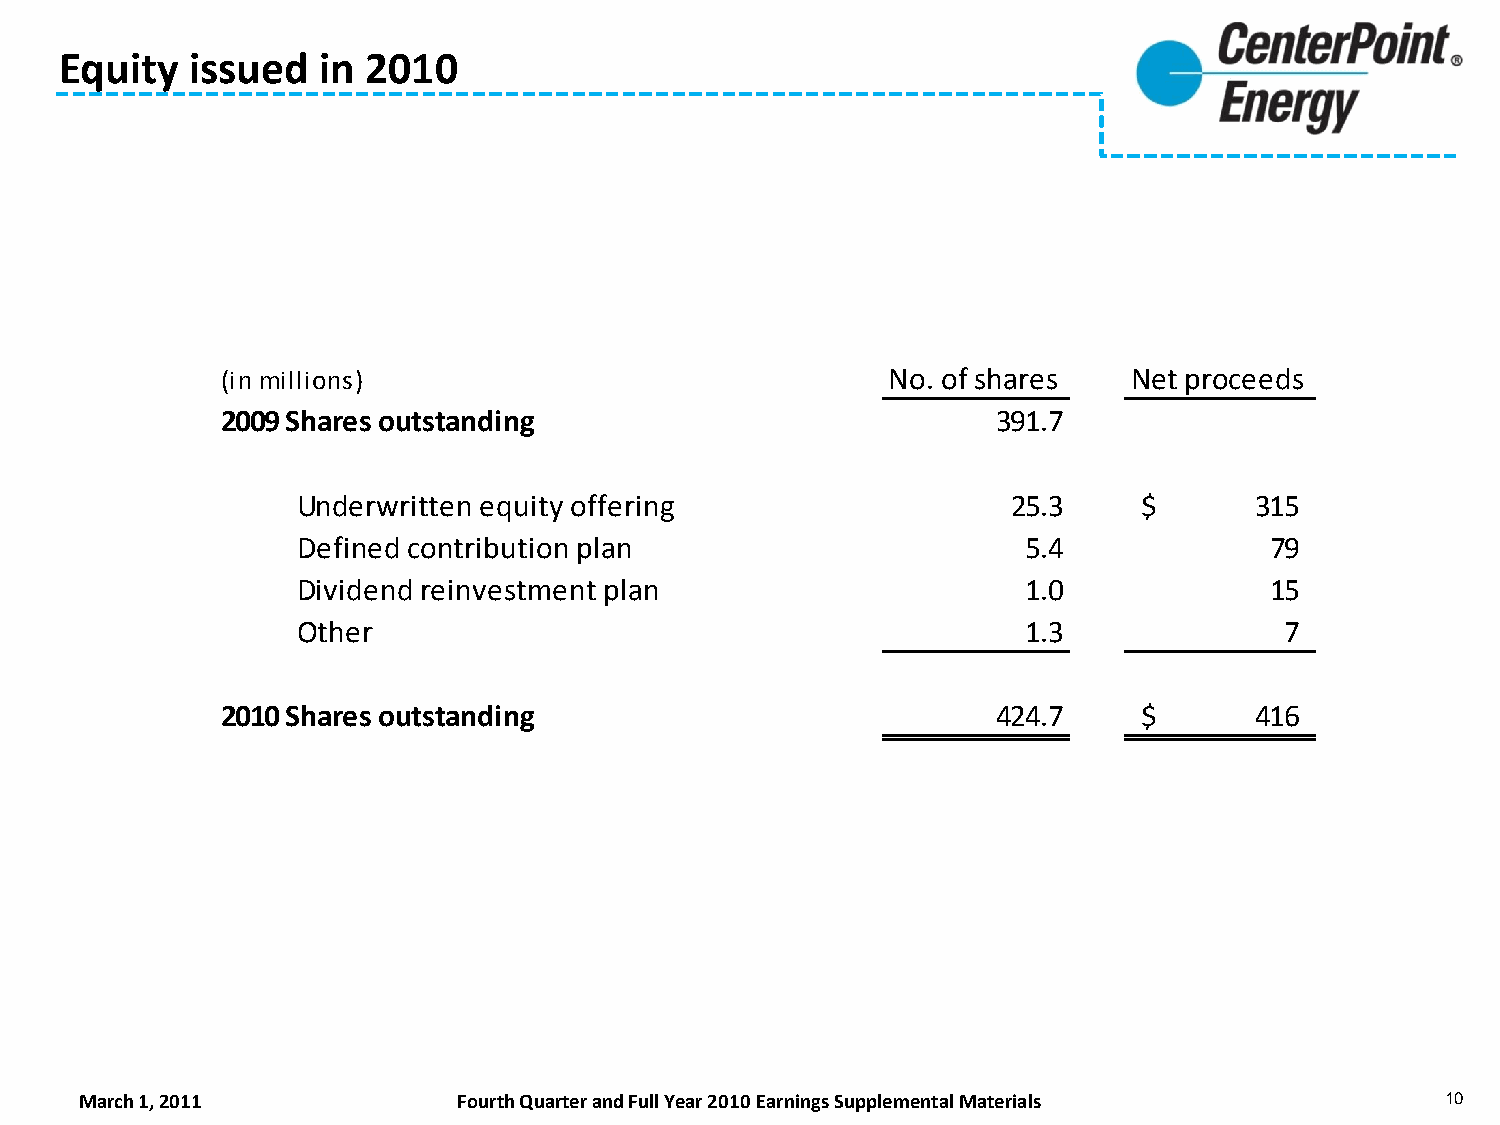
Equity  issued   in 2010
 (in millions)                               No. of shares   Net proceeds
 2009 Shares outstanding                            391.7
 Underwritten equity offering                   25.3     $      315
 Defined contribution plan                       5.4             79
 Dividend reinvestment plan                      1.0             15
 Other                                           1.3              7
 2010 Shares outstanding                            424.7     $      416
 March 1, 2011            Fourth Quarter and Full Year 2010 Earnings Supplemental Materials 10